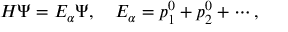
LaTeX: H \Psi = E _ { \alpha } \Psi , \quad E _ { \alpha } = p _ { 1 } ^ { 0 } + p _ { 2 } ^ { 0 } + \cdots ,